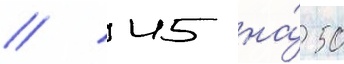
// 45 на́ 50